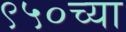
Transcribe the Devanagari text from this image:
९५०च्या